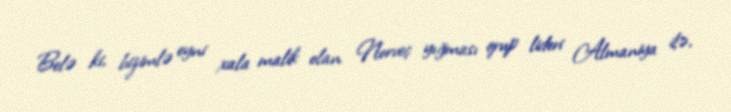
Belə ki, bizimlə eyni xala malik olan Norveç yığması qrup lideri Almaniya ilə,